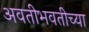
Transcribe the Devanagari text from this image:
अवतीभवतीच्या